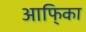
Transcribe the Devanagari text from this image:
आफि्का